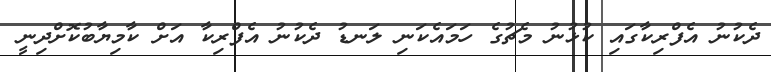
ދެކުނު އެފްރިކާގައި ކުޅުނު މެޗުގެ ހަމައެކަނި ލަނޑު ދެކުނު އެފްރިކާ އަށް ކާމިޔާބުކޮށްދިނީ